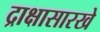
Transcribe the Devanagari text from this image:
द्राक्षासारखे